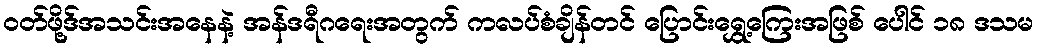
ဝတ်ဖို့ဒ်အသင်းအနေနဲ့ အန်ဒရီဂရေးအတွက် ကလပ်စံချိန်တင် ပြောင်းရွှေ့ကြေးအဖြစ် ပေါင် ၁၈ ဒသမ